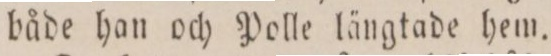
både han och Polle längtade hem.